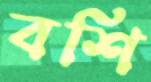
বশি